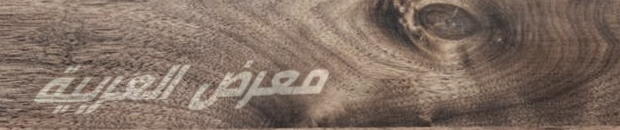
معرض العربية